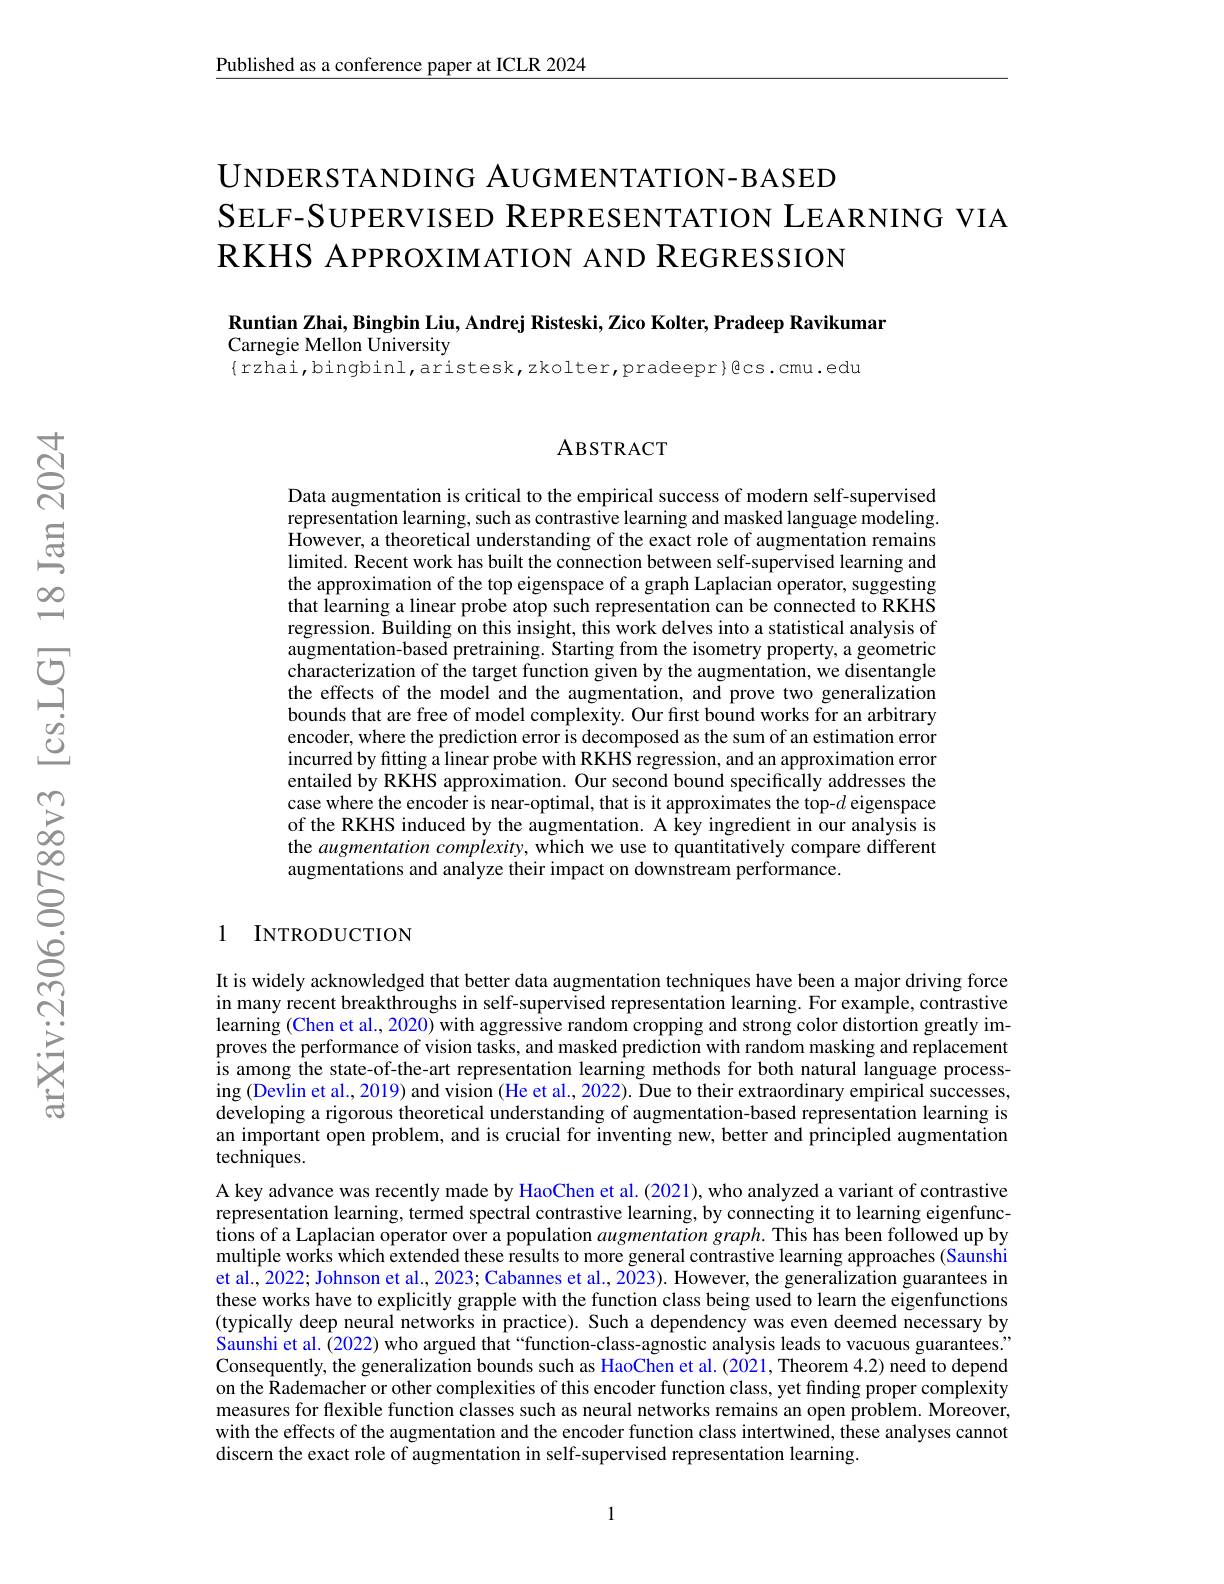
Published as a conference paper at ICLR 2024

UNDERSTANDING AUGMENTATION- BASED
SELF-SUPERVISED REPRESENTATION LEARNING VIA
RKHS APPROXIMATION AND REGRESSION

Runtian Zhai, Bingbin Liu, Andrej Risteski, Zico Kolter, Pradeep Ravikumar

Carnegie Mellon University

$\{$rzhai,bingbinl,aristesk,zkolter,pradeepr}Bcs.cmu.edu

## ABSTRACT

Data augmentation is critical to the empirical success of modern self-supervised representation learning, such as contrastive learning and masked language modeling. However, a theoretical understanding of the exact role of augmentation remains limited. Recent work has built the connection between self-supervised learning and the approximation of the top eigenspace of a graph Laplacian operator, suggesting that learning a linear probe atop such representation can be connected to RKHS regression. Building on this insight, this work delves into a statistical analysis of augmentation-based pretraining. Starting from the isometry property, a geometric characterization of the target function given by the augmentation, we disentangle the effects of the model and the augmentation, and prove two generalization bounds that are free of model complexity. Our first bound works for an arbitrary encoder, where the prediction error is decomposed as the sum of an estimation error incurred by fitting a linear probe with RKHS regression, and an approximation error entailed by RKHS approximation. Our second bound specifically addresses the case where the encoder is near-optimal, that is it approximates the top-$d$ eigenspace of the RKHS induced by the augmentation. A key ingredient in our analysis is the augmentation complexity, which we use to quantitatively compare different augmentations and analyze their impact on downstream performance.

## 1 INTRODUCTION

It is widely acknowledged that better data augmentation techniques have been a major driving force in many recent breakthroughs in self-supervised representation learning. For example, contrastive learning (Chen et al., 2020) with aggressive random cropping and strong color distortion greatly improves the performance of vision tasks, and masked prediction with random masking and replacement is among the state-of-the-art representation learning methods for both natural language processing (Devlin et al., 2019) and vision (He et al., 2022). Due to their extraordinary empirical successes, developing a rigorous theoretical understanding of augmentation-based representation learning is an important open problem, and is crucial for inventing new, better and principled augmentation techniques.
A key advance was recently made by HaoChen et al. (2021), who analyzed a variant of contrastive representation learning, termed spectral contrastive learning, by connecting it to learning eigenfunctions of a Laplacian operator over a population $augmentationgraph.$ This has been followed up by multiple works which extended these results to more general contrastive learning approaches (Saunshi et al., 2022; Johnson et al., 2023; Cabannes et al., 2023). However, the generalization guarantees in these works have to explicitly grapple with the function class being used to learn the eigenfunctions (typically deep neural networks in practice). Such a dependency was even deemed necessary by Saunshi et al. (2022) who argued that“function-class-agnostic analysis leads to vacuous guarantees." Consequently, the generalization bounds such as HaoChen et al.(2021, Theorem 4.2) need to depend on the Rademacher or other complexities of this encoder function class, yet finding proper complexity measures for flexible function classes such as neural networks remains an open problem. Moreover, with the effects of the augmentation and the encoder function class intertwined, these analyses cannot discern the exact role of augmentation in self-supervised representation learning.

1